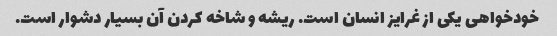
خودخواهی یکی از غرایز انسان است. ریشه و شاخه کردن آن بسیار دشوار است.